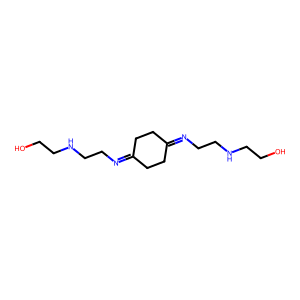
SMILES: OCCNCCN=C1CCC(=NCCNCCO)CC1
Inhibits HIV replication: No